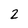
Character: 2